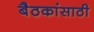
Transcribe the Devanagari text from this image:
बैठकांसाठी